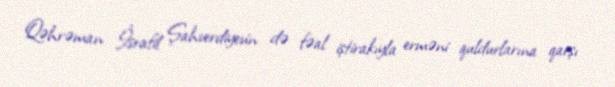
Qəhrəman İsrafil Şahverdiyevin də fəal iştirakıyla erməni quldurlarına qarşı